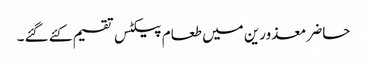
حاضر معذورین میں طعام پیکٹس تقسیم کئے گئے ۔